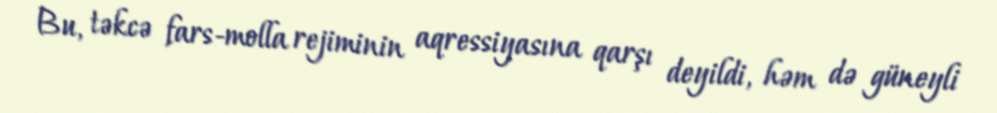
Bu, təkcə fars-molla rejiminin aqressiyasına qarşı deyildi, həm də güneyli